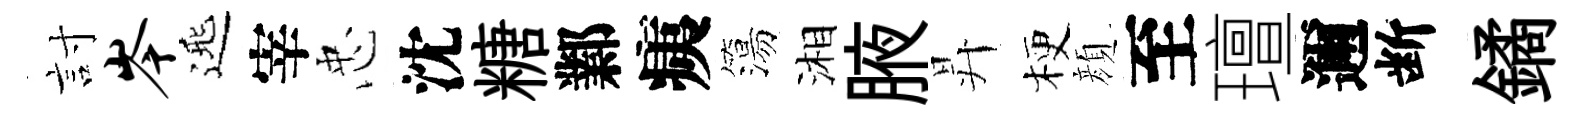
討岑𨓱宰忠沈糖鄴痍簜湘腋昇梗顔至璮邇断鐍